Civil Veterinary Department Bengal reports 1933-51 - 1933-1951
Year: 1933
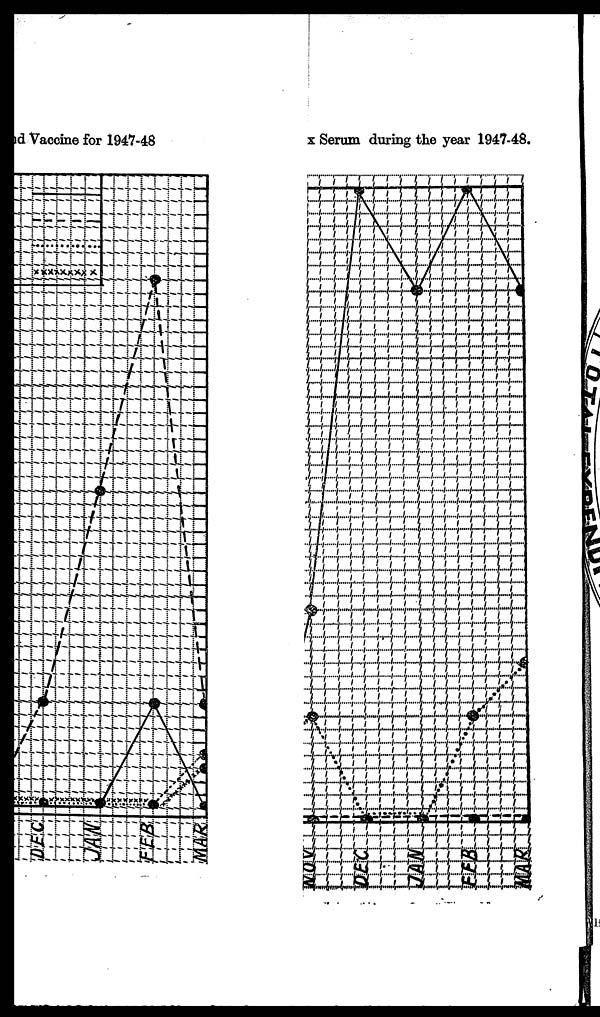
id Vaccine for 1947-48
x Serum during the year 1947-48.